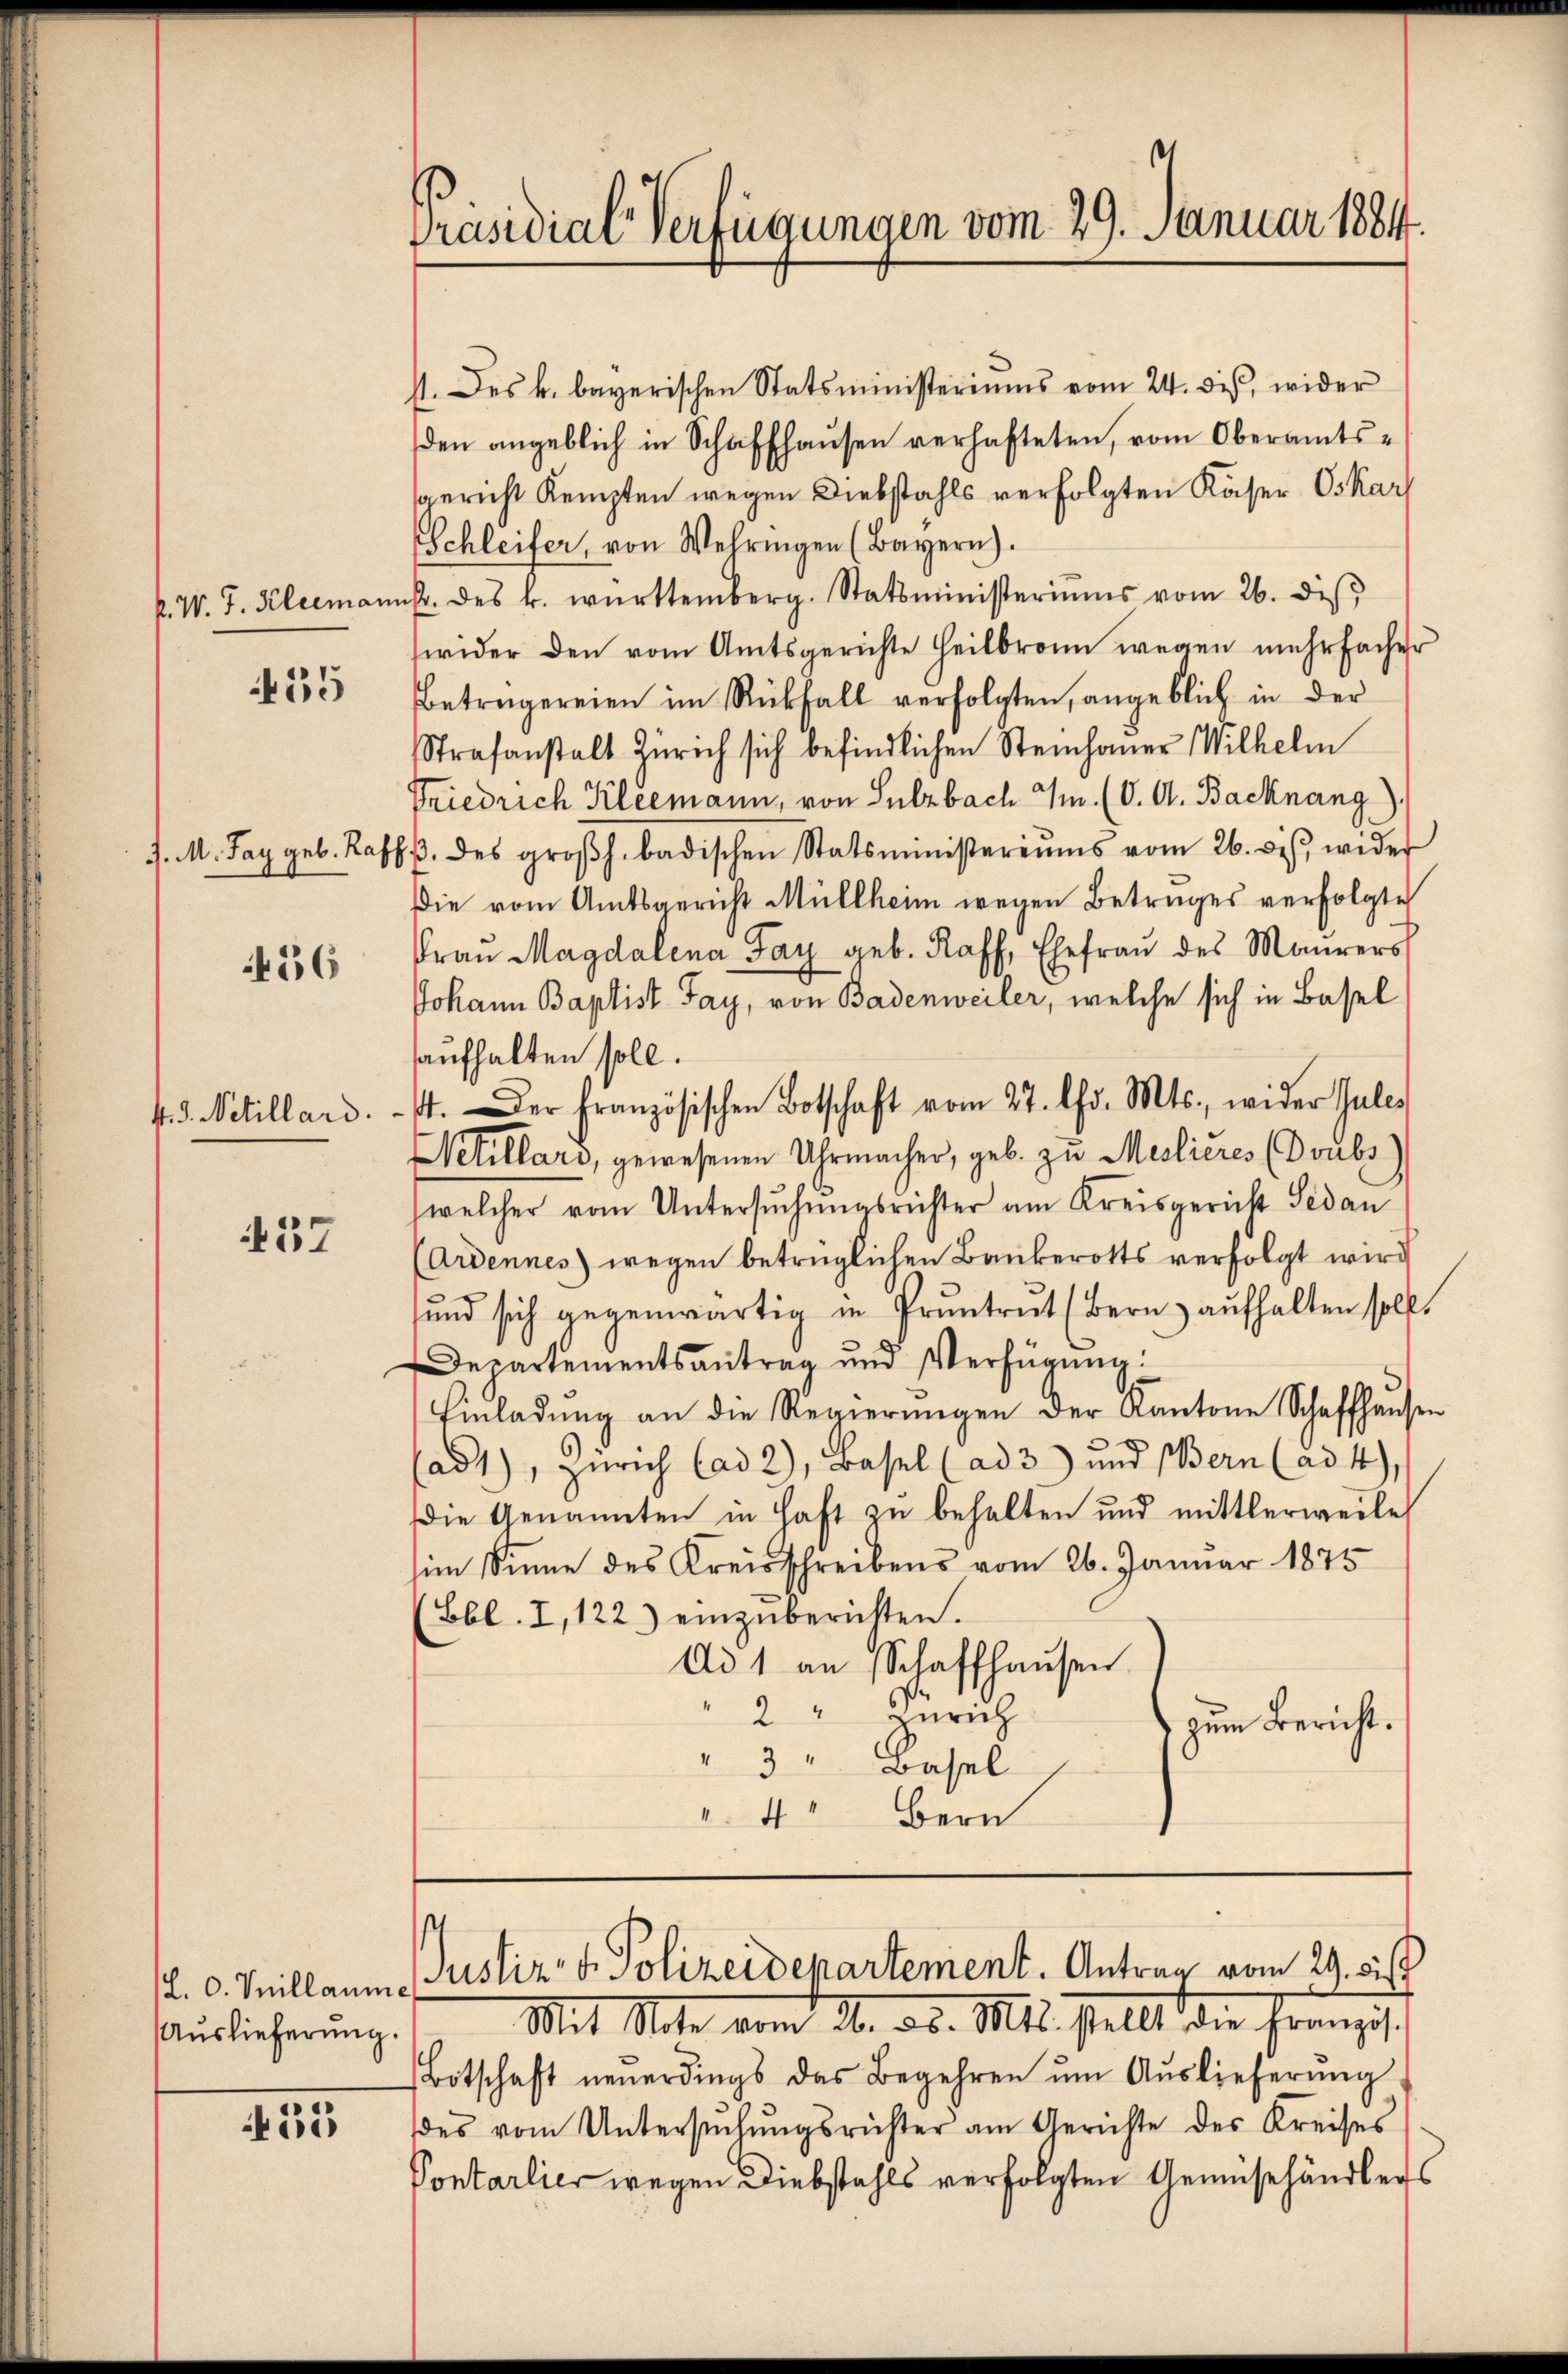
55

456

57

Auslieferung.

55

Präsidial-Verfügungen vom 29. Januar 1884.

st. des k. bayerischen Statsministeriums vom 24. dis, wider
den angeblich in Schaffhausen verhafteten, vom Oberamtssgericht Kempten wegen Diebstahls verfolgten Käser Oskar
Schleifer, von Wehringen (Bayern).
P. W. J. Kleemannstr. des k. württemberg. Statsministeriŭms vom 26. diβ
wider den vom Amtsgerichte Heilbronn wegen mehrfacher
Betragereien im Rückfall verfolgten, angeblich in der
Strafanstalt Zürich sich befindlichen Steinhauer Wilhelm
Friedrich Kleemann, von Sulzbach I. (V. A. Backnang,
d. M. Tag geb. Kasp. des großh. badischen Statsministeriums vom 26. ds., wider
Die vom Amtsgericht Müllheim wegen Betruges verfolgte
Frau Magdalena Fay geb. Raff, Ehefraŭ des Maurers
Johann Baptist Fay, von Badenweiler, welche sich in Basel
aufhalten soll.
4. d. Netillard. - 4. Der Französischen Botschaft vom 27. Chr. Mts., wider Gules
Netillars, gewesenen Uhrmacher, geb. zu Meilicres (Doubs)
welcher vom Untersuchungsrichter am Kreisgericht Gedan
(Ardennes) wegen betrüglichen Bankerotts verfolgt wird
sund sich gegenwärtig in Pruntrut (Bern aufhalten sollt
Departementsantrag und Verfügung:
Einladŭng an die Regierŭngen der Kantone Schaffhausen
(ad1), Zürich (ad 2), Basel (ad 3) und Bern (ad 4),
Die Genannten in Haft zu behalten und mittlerweile
sim Sinne des Kreisschreibens vom 26. Januar 1875
(Bbl. I, 122) einzuberichten.
Ad 1 an Schaffhausen
2 " Zürich
zum Bericht.
" 3 " Basel
144
Bern

¬
(L. v. Meillaum Justiz & Polizeidepartement. Antrag vom 29. Si
Mit Note vom 26. ds. Mts. stellt die Franzis

Botschaft neŭerdings das Begehren ŭm Aŭslieferŭng
ddes vom Untersŭchŭngsrichter am Gerichte des Kreises
Pontarlier wegen Diebstahls verfolgten Gemüsehändlers